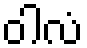
ဝါလံ